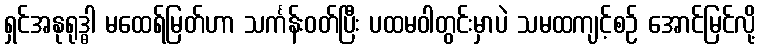
ရှင်အနုရုဒ္ဓါ မထေရ်မြတ်ဟာ သင်္ကန်းဝတ်ပြီး ပထမဝါတွင်းမှာပဲ သမထကျင့်စဉ် အောင်မြင်လို့